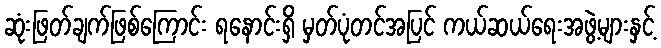
ဆုံးဖြတ်ချက်ဖြစ်ကြောင်း ရနောင်းရှိ မှတ်ပုံတင်အပြင် ကယ်ဆယ်ရေးအဖွဲ့များနှင့်